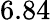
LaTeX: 6.84